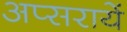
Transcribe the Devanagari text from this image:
अप्सरायें